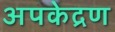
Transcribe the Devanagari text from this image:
अपकेद्रण